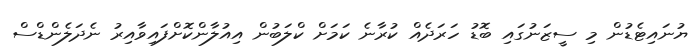
ޔުނައިޓެޑުން މި ސީޒަނުގައި ބޮޑު ހަރަދެެއް ކުރާނެ ކަމަށް ކްލަބުން އިއުލާންކޮށްފައިވާއިރު ނެދަލެންޑްސް